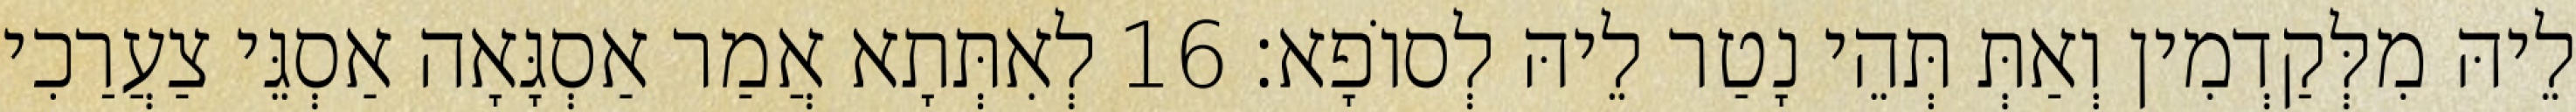
לֵיהּ מִלְּקַדְמִין וְאַתְּ תְּהֵי נָטַר לֵיהּ לְסוֹפָא׃ 16 לְאִתְּתָא אֲמַר אַסְגָּאָה אַסְגֵּי צַעֲרַכִי